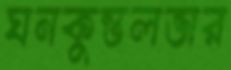
ঘনকুন্তলভার